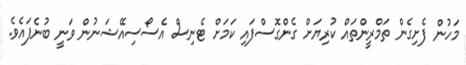
މަހުން ފެށިގެން ތަމްރީންތައް ކުރިޔަށް ގެންގޮސްފައި ކަމަށް ޓެނިސް އެސޯސިއޭޝަނުން ވަނީ ބުނެފައެވެ.